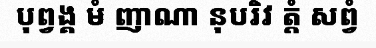
បុព្វង្គ មំ ញាណា នុបរិវ ត្តំ សព្វំ